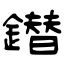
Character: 鐟